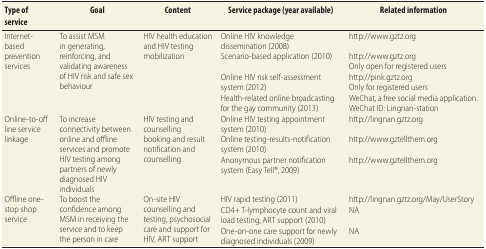
<table><thead><tr><td><b>Type of service</b></td><td><b>Goal</b></td><td><b>Content</b></td><td><b>Service package (year available)</b></td><td><b>Related information</b></td></tr></thead><tbody><tr><td rowspan="4">Internet-based prevention services</td><td rowspan="4">To assist MSM in generating, reinforcing, and validating awareness of HIV risk and safe sex behaviour</td><td rowspan="4">HIV health education and HIV testing mobilization</td><td>Online HIV knowledge dissemination (2008)</td><td>http://www.gztz.org</td></tr><tr><td>Scenario-based application (2010)</td><td>http://www.gztz.orgOnly open for registered users</td></tr><tr><td>Online HIV risk self-assessment system (2012)</td><td>http://pink.gztz.orgOnly for registered users</td></tr><tr><td>Health-related online broadcasting for the gay community (2013)</td><td>WeChat, a free social media application. WeChat ID: Lingnan-station</td></tr><tr><td rowspan="3">Online-to-off line service linkage</td><td rowspan="3">To increase connectivity between online and offline services and promote HIV testing among partners of newly diagnosed HIV individuals</td><td rowspan="3">HIV testing and counselling booking and result notification and counselling</td><td>Online HIV testing appointment system (2010)</td><td>http://lingnan.gztz.org</td></tr><tr><td>Online testing-results-notification system (2010)</td><td>http://www.gztellthem.org</td></tr><tr><td>Anonymous partner notification system (Easy Tell®, 2009)</td><td>http://www.gztellthem.org</td></tr><tr><td rowspan="3">Offline one-stop shop service</td><td rowspan="3">To boost the confidence among MSM in receiving the service and to keep the person in care</td><td rowspan="3">On-site HIV counselling and testing, psychosocial care and support for HIV, ART support</td><td>HIV rapid testing (2011)</td><td>http://lingnan.gztz.org/May/UserStory</td></tr><tr><td>CD4+ T-lymphocyte count and viral load testing, ART support (2010)</td><td>NA</td></tr><tr><td>One-on-one care support for newly diagnosed individuals (2009)</td><td>NA</td></tr></tbody></table>